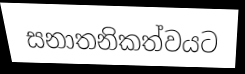
සනාතනිකත්වයට